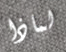
لماذا